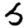
Digit: 5